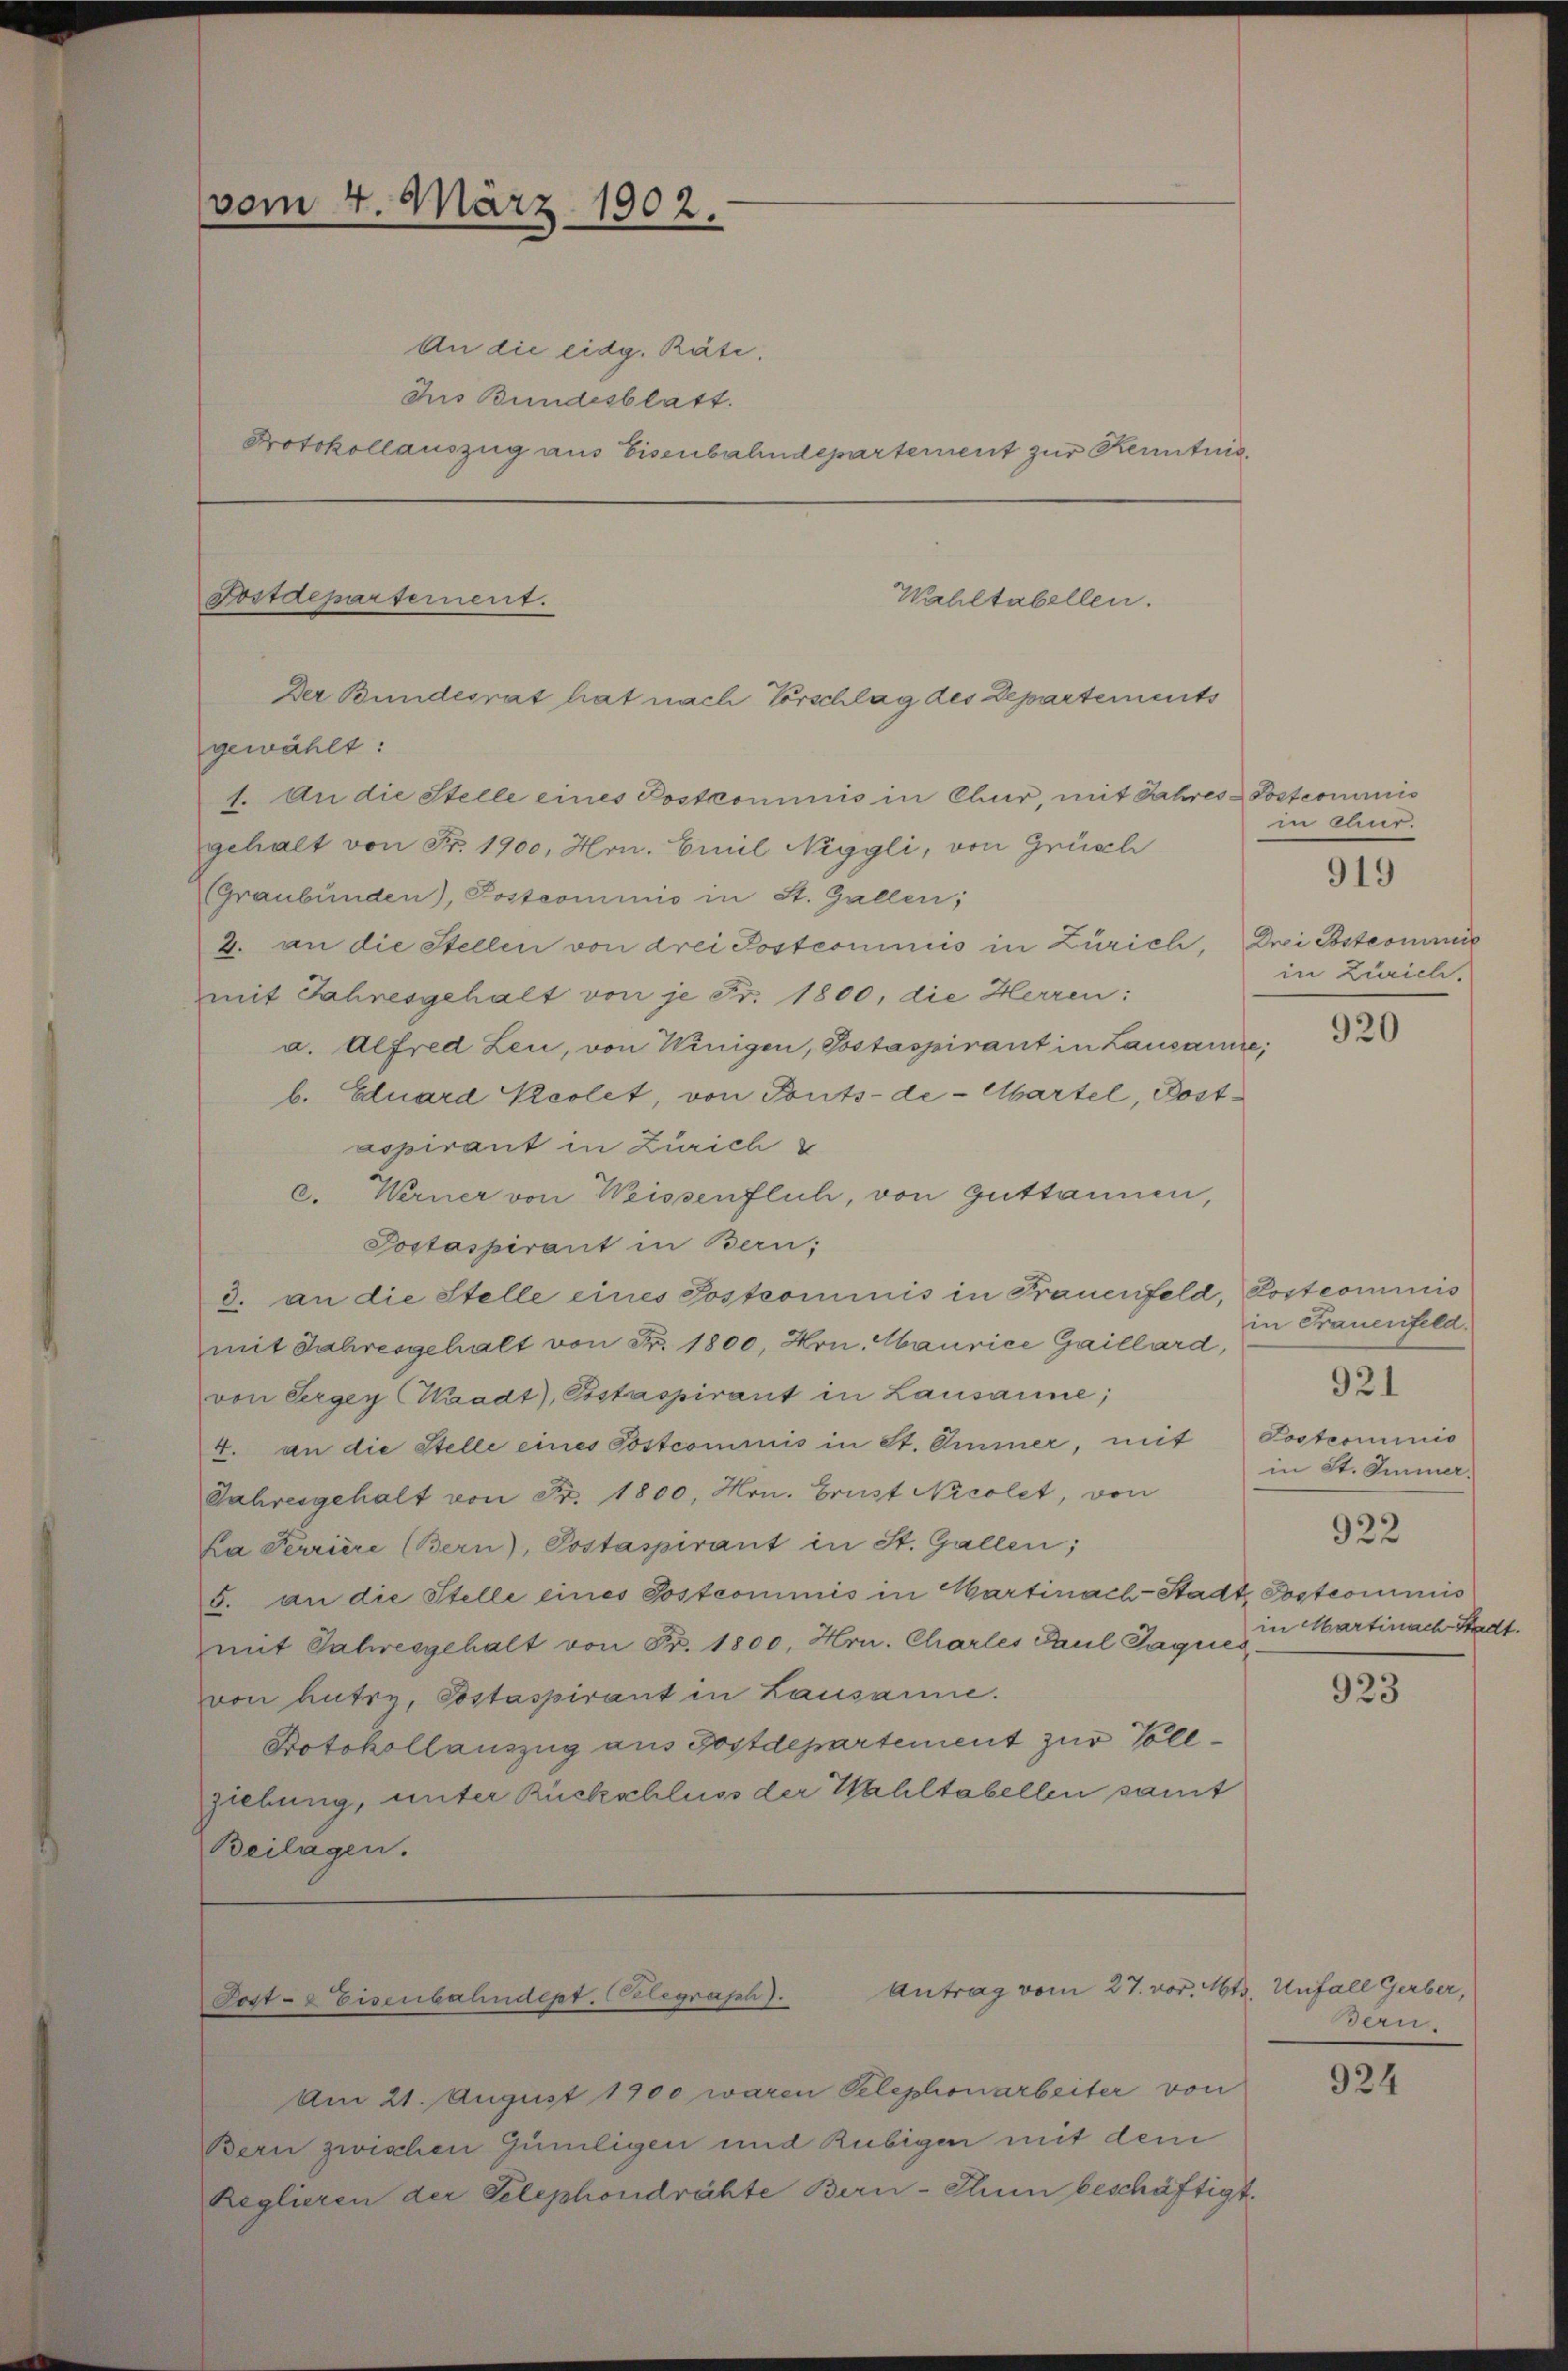
vom 4. März 1902.

Postdepartement.

An die eidg. Räte.
Ius Bundesblatt.
Protokollauszug aus Eisenbahndepartement zur Kenntnis

Wahltabellen.
Der Bundesrat hat nach Vorschlag des Departements

gewählt:
7. An die Stelle eines Postkommnis in Chur, mit Jahres-Posterminis
gehalt von Fr. 1900, Hrn. Emil Niggli, von Grüsch
(Graubünden), Postcommis in St. Gallen;
2. an die Stellen von drei Postcominiis in Zürich, Drei Bstcommis
mit Jahresgehalt von je Fr. 1800, die Herren:
a. Alfred Leu, von Winigen, Postaspirant in Lausaure;
b. Eduard Peolet, von Ponts-de-Abartel, Postaspirant in Zürich
c. Werner von Weissenflich, von Guttannen,
Postaspirant in Bern;
d. an die Stelle eines Postcommis in Frauenfeld, Postcommis
mit Jahresgehalt von Fr. 1800, Hrn. Maurice Gaillard,
von Serger (Waadt, Esstaspirant in Lausanne;
4. an die Stelle eines Postcommis in St. Ommer, mit Postrominis
Jahresgehalt von Fr. 1800, Hrn. Grust Nicolet, von
La Perriere (Bern), Postaspirant in St. Gallen;
5. an die Stelle eines Postcommis in Hartinach-Stadt Postcommis
mit Jahresgehalt von Fr. 1800, Hrn. Chartes Paul Paques
von Lutry, Postaspirant in Lausanne.
Dotokollauszug aus Postdepartement zur Vollziebung, unter Rückschluss der Wahltabellen samt
Beilagen.

Antrag vom 27. vor. Mts. Unfall Gerber,
Post- & Eisenbahndept. Begraph).

Am 21. August 1900 waren Telephonarbeiter von
Bern zwischen Gümiligen und Rubigen mit dem
Reglieren der Telephondrähte Bern-Thun beschäftigt.

in Chur.

919

in Zürich.

920

in Frauenfeld.
in St. Immer.
922
in Martinach Stadt.

921

923

Bern.

924